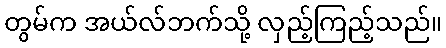
တွမ်က အယ်လ်ဘက်သို့ လှည့်ကြည့်သည်။